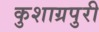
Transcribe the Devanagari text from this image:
कुशाग्रपुरी